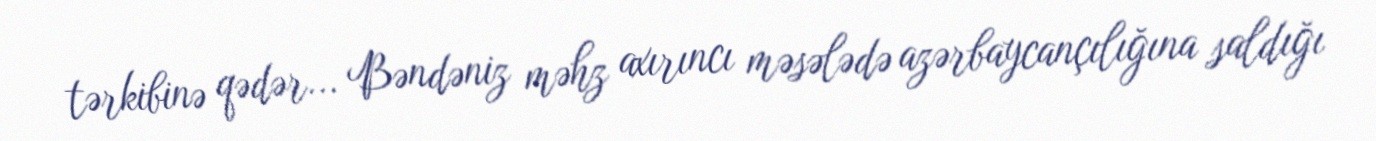
tərkibinə qədər... Bəndəniz məhz axırıncı məsələdə azərbaycançılığına saldığı